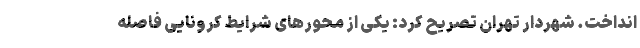
انداخت. شهردار تهران تصریح کرد: یکی از محورهای شرایط کرونایی فاصله